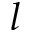
l